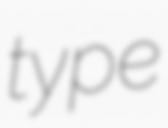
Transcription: type